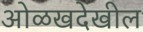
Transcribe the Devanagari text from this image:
ओळखदेखील